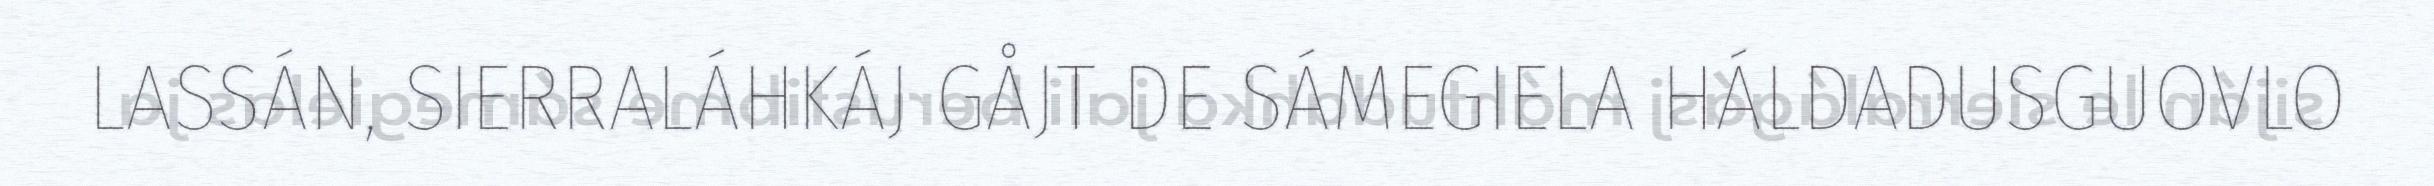
LASSÁN, SIERRALÁHKÁJ GÅJT DE SÁMEGIELA HÁLDADUSGUOVLO